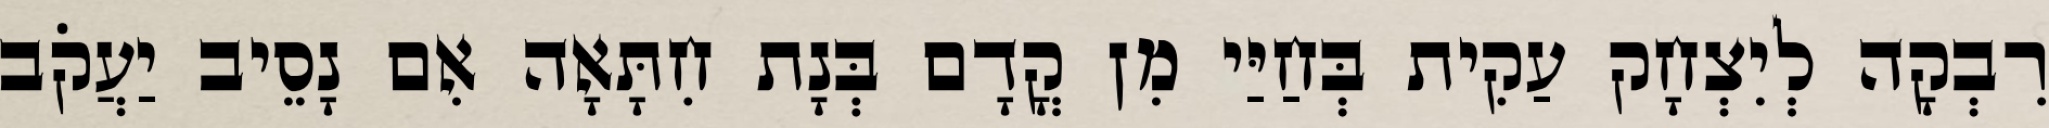
רִבְקָה לְיִצְחָק עַקִית בְּחַיַּי מִן קֳדָם בְּנָת חִתָּאָה אִם נָסֵיב יַעֲקֹב